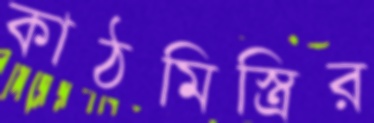
কাঠমিস্ত্রির